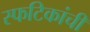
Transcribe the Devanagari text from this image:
स्फटिकांची